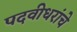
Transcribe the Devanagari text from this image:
पदवीधरांचे